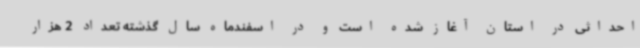
احداثی در استان آغاز شده است و در اسفندماه سال گذشته تعداد 2 هزار